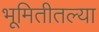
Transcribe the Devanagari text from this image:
भूमितीतल्या